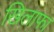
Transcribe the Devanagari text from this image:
खिलाफा